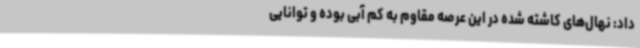
داد: نهال‌های کاشته شده در این عرصه مقاوم به کم آبی بوده و توانایی